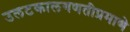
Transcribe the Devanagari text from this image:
उलटकालगणतीप्रमाणे